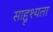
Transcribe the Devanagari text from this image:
साद्दृश्यता